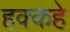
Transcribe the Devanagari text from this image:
हक्कहे